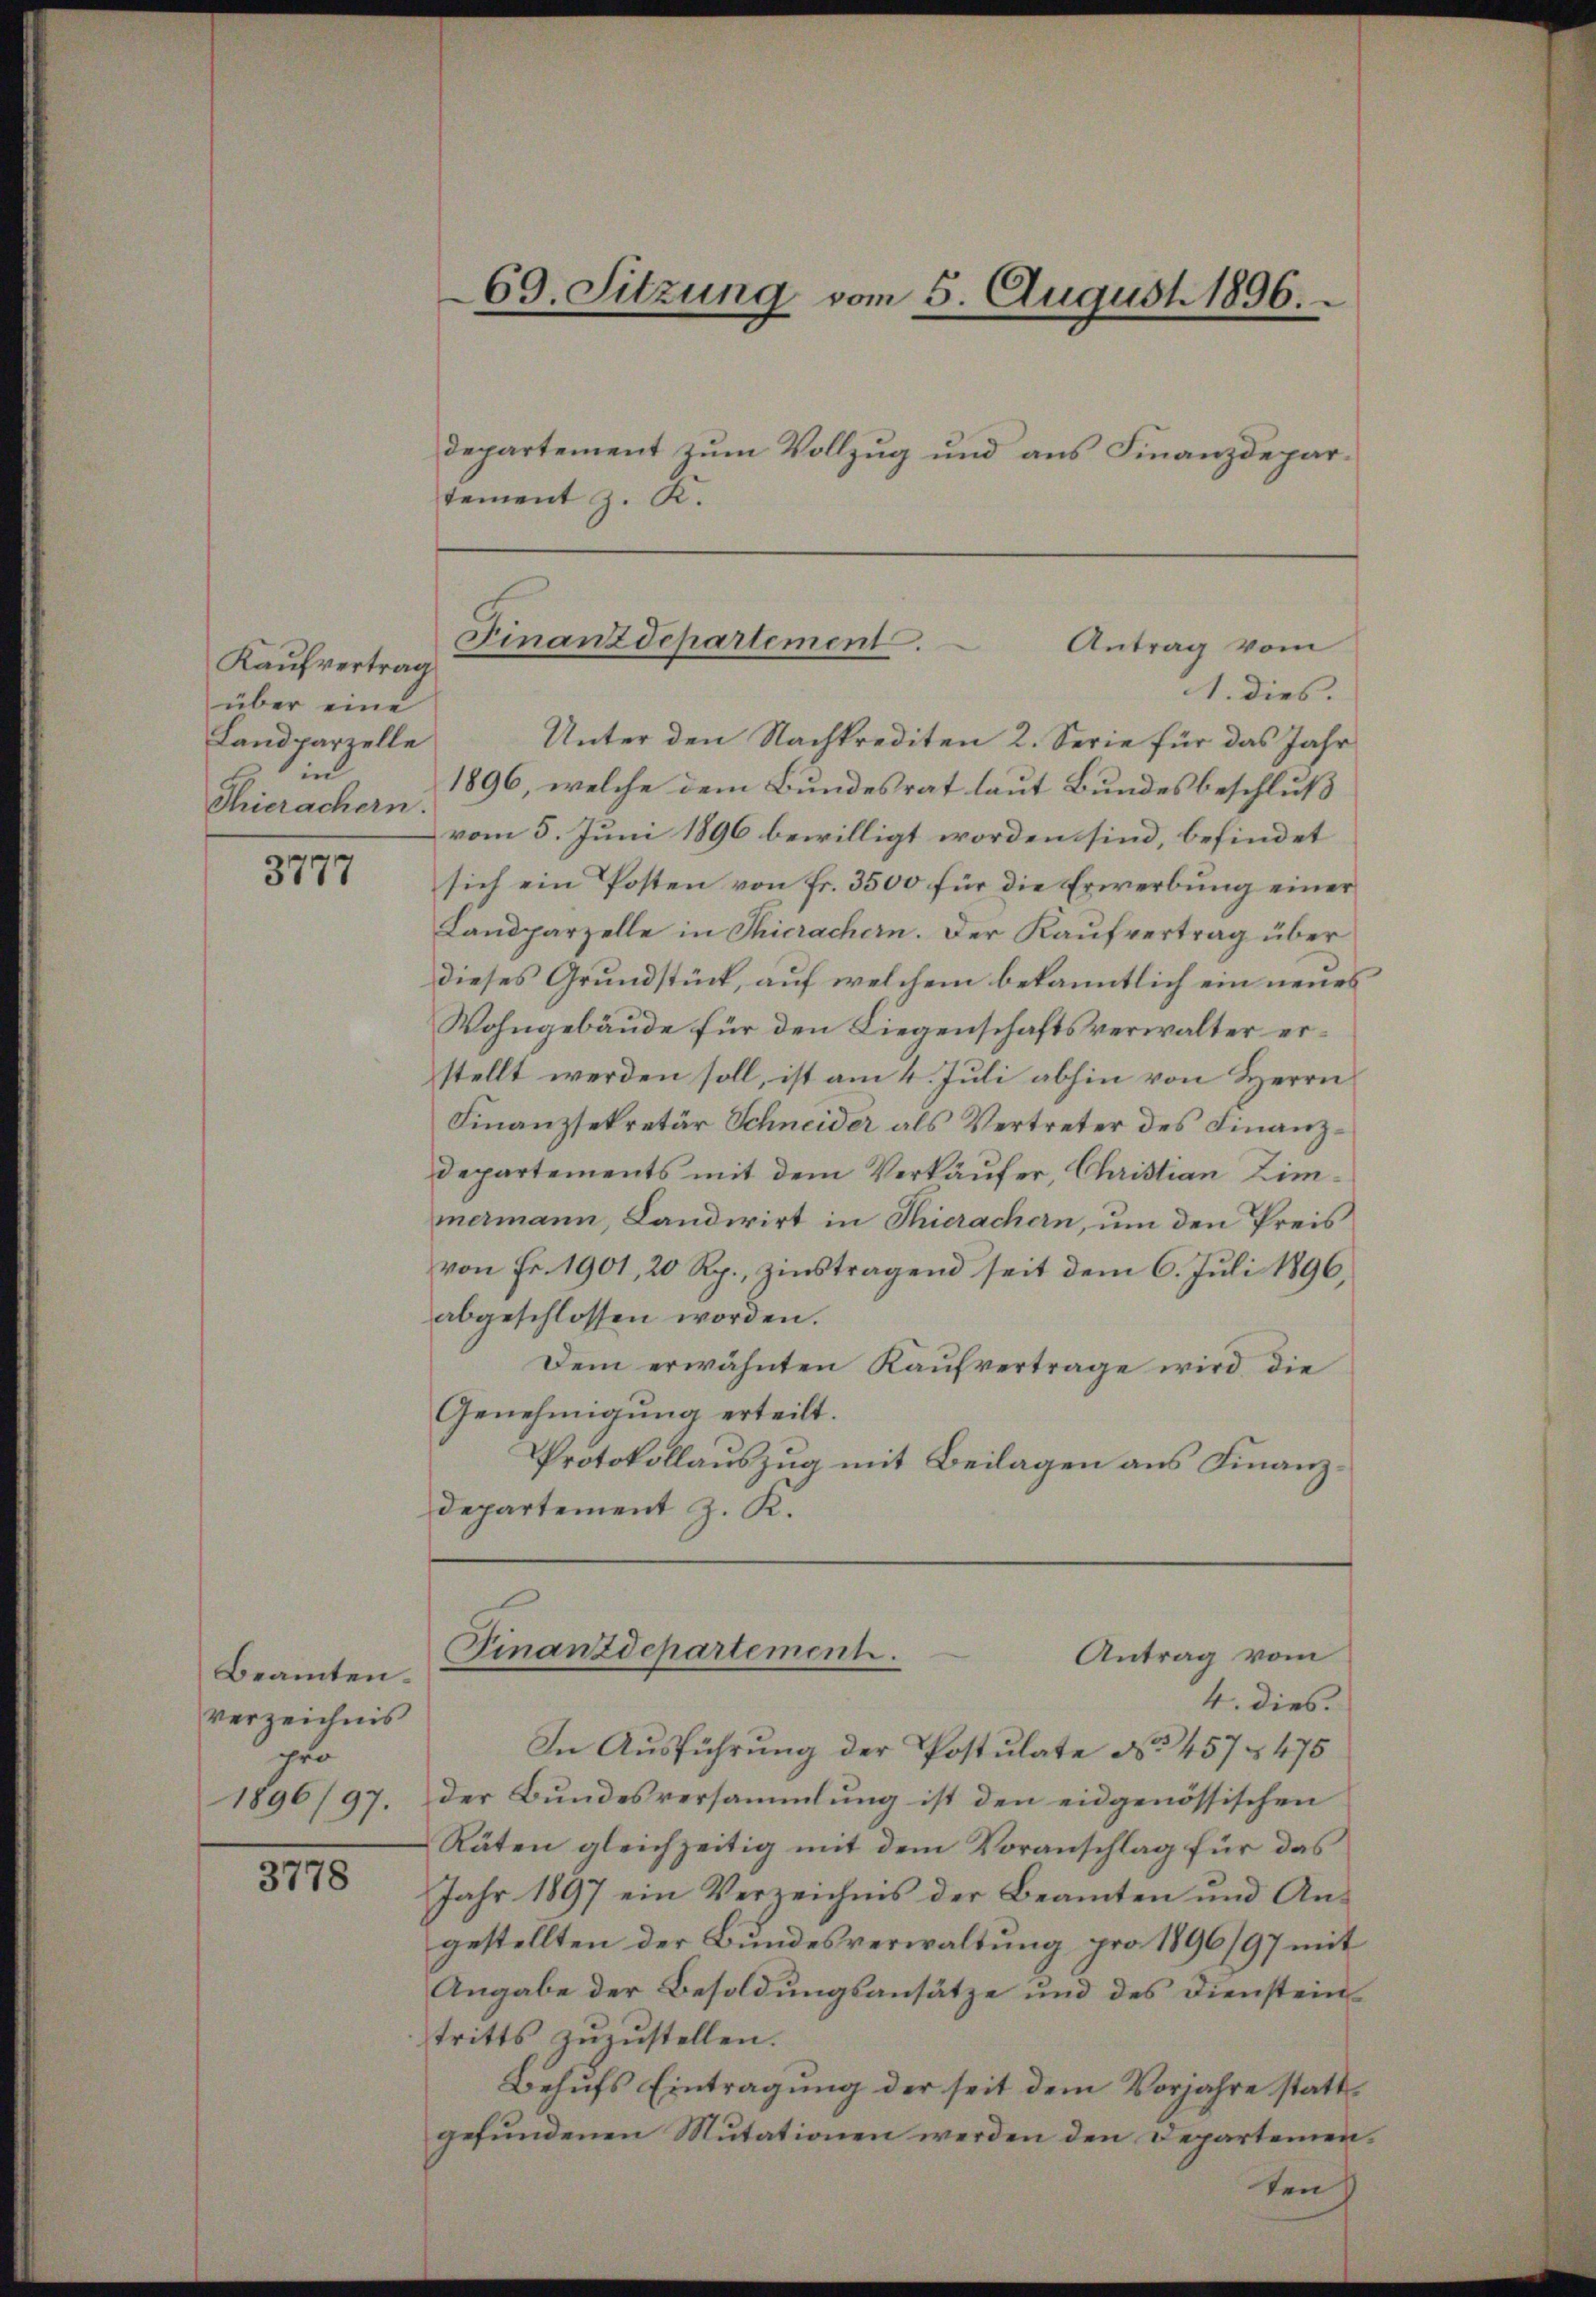
Kaufvertrag
über eine
Landparzelle
in
Thierachern.

3777

Beamten.
verzeichnis
pro
1896/97.

3778

departement zum Vollzug und aus Finanzdepartement z. K.

69. Sitzung vom 5. August 1896.

1. dies.
Unter den Nachkrediten 2. Serie für das Jahr
1896, welche dem Bundesrat laut Bundesbeschluß
vom 5. Juni 1896 bewilligt worden sind, befindet
sich ein Posten von Fr. 3500 für die Erwerbung einer
Landparzelle in Thierachern. Der Kaŭfvertrag über
dieses Grundstück, auf welchem bekanntlich ein neues
Wohngebäude für den Liegenschaftsverwalter erstellt werden soll, ist am 4. Juli abhin von Herrn
Finanzsekretär Schneider als Vertreter des Finanz¬
Departements mit dem Verkäufer, Christian Zimmermann, Landwirt in Thierachern, um den Preis
von Fr. 1901, 20 Rp., zinstragend seit dem 6. Juli 1896,
abgeschlossen worden.
Dem erwähnten Kaŭfvertrage wird die
Genehmigung erteilt.
Protokollauszug mit Beilagen aus Finanz¬
Departement z. K.
Finanzdepartement.
Antrag vom
4. dies.
In Ausführung der Postulate No 457 § 475
der Bundesversammlung ist den eidgenössischen
Räten gleichzeitig mit dem Voranschlag für das
Jahr 1897 ein Verzeichnis der Beamten und An-
gestellten der Bundesverwaltung pro 1896/97 mit
Angabe der Besoldungsansätze und des Diensteintritts zuzustellen.
Behŭfs Eintragung der seit dem Vorjahre stattgefundenen Mutationen werden den Departemen¬

Finanzdepartement.
Antrag vom

h